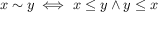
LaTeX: x \sim y \iff x \leq y \land y \leq x